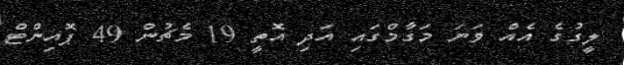
ލީގުގެ އެއް ވަނަ މަގާމްގައި އަދި އޮތީ 19 މެޗުން 49 ޕޮއިންޓް